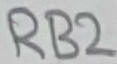
Text: RB2